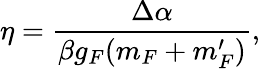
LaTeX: \eta=\frac{\Delta\alpha}{\beta g_{F}(m_{F}+m_{F}^{\prime})},